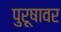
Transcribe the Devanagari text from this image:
पुरूषावर